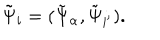
LaTeX: \tilde { \Psi } _ { i } = ( \tilde { \Psi } _ { { \alpha } } , \tilde { \Psi } _ { { i ^ { \prime } } } ) .